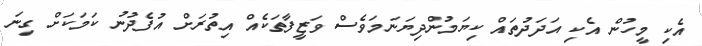
އެކި މީހުން އެކި އަދަދުތައް ކިޔަމުންދިޔަނަމަވެސް ވަޒީފާތަކެއް އިތުރަށް އުފެދުނު ކަމަކަށް ގިނަ